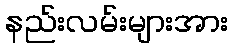
နည်းလမ်းများအား